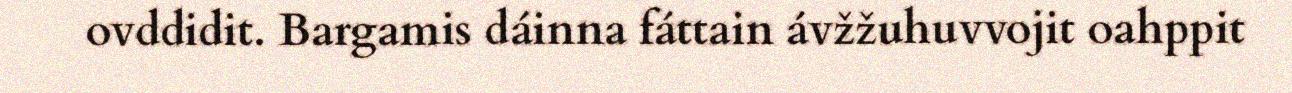
ovddidit. Bargamis dáinna fáttain ávžžuhuvvojit oahppit